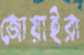
জোয়াইরা